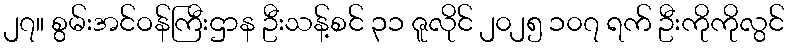
၂၇။ စွမ်းအင်ဝန်ကြီးဌာန ဦးသန့်စင် ၃၁ ဇူလိုင် ၂၀၂၅ ၁၀၇ ရက် ဦးကိုကိုလွင်